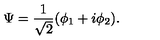
\Psi = \frac { 1 } { \sqrt { 2 } } ( \phi _ { 1 } + i \phi _ { 2 } ) .